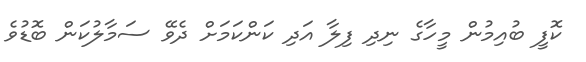
ކޮފީ ބުއިމުން މީހާގެ ނިދި ފިލާ އަދި ކަންކަމަށް ދެވޭ ސަމާލުކަން ބޮޑުވެ